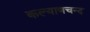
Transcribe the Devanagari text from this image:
कल्याणचन्द